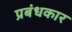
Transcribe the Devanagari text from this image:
प्रबंधकार